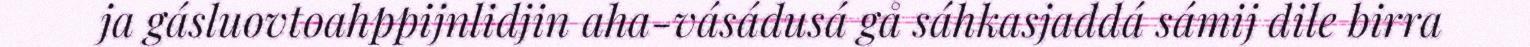
ja gásluovtoahppijnlidjin aha-vásádusá gå sáhkasjaddá sámij dile birra